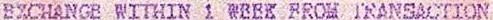
EXCHANGE WITHIN 1 WEEK FROM TRANSACTION